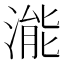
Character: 㴰